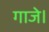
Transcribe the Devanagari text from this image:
गाजे।